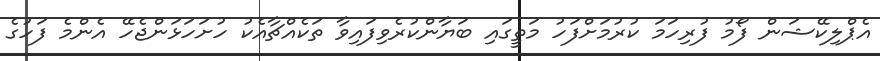
އެޕްލިކޭޝަން ފޯމު ފުރިހަމަ ކުރުމަށްފަހު މަތީގައި ބަޔާންކުރެވިފައިވާ ތަކެއްޗާއެކު ހުށަހަޅަންޖެހޭ އެންމެ ފަހުގެ